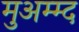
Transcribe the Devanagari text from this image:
मुअम्म्द